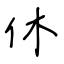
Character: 休